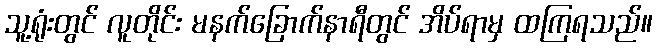
သူ့ရုံးတွင် လူတိုင်း မနက်ခြောက်နာရီတွင် အိပ်ရာမှ ထကြရသည်။